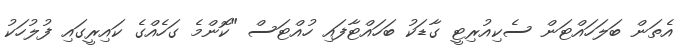
އެތަން ބަލަހައްޓަން ސެކިއުރިޓީ ގާޑަކު ބަހައްޓާފައި ހުއްޓަސް "ކޮންމެ ގަހެއްގެ ކައިރީގައި ފުލުހަކު